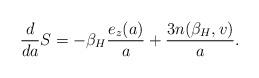
LaTeX: \begin{align*}{d\over da}S=-{\beta_H }{e_z(a)\over a}+{3 n({\beta_H },v)\over a}.\end{align*}